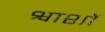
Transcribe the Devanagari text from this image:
श्वाशों